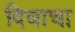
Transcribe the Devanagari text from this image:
दिवाचा